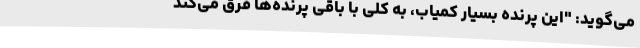
می‌گوید: "این پرنده بسیار کمیاب، به کلی با باقی پرنده‌ها فرق می‌کند